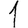
Digit: 1